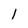
Character: l